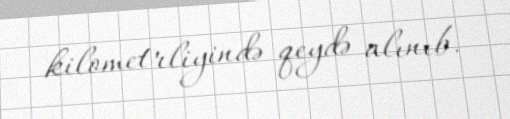
kilometrliyində qeydə alınıb.